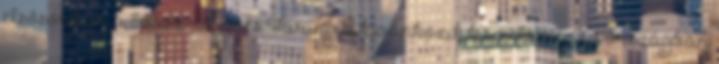
elsősorban a Szász-Svájc és Türingia kívánkozik kiemelésre. Az országban